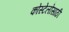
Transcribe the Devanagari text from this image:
कोस्टेलोसाठी